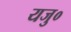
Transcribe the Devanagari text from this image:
यजु०